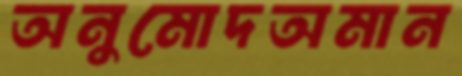
অনুমোদঅমান